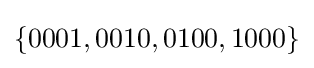
\{0001,0010,0100,1000\}